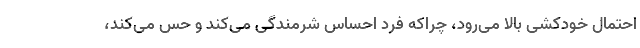
احتمال خودکشی بالا می‌رود، چراکه فرد احساس شرمندگی می‌کند و حس می‌کند،